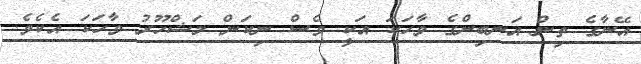
އޭނާގެ ތިން އަނބިންގެ ވާހަކަ އަކީ ވެސް ނިކަން މަޝްހޫރު ވާހަކަ އެކެވެ.